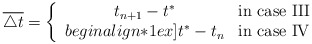
\begin{align*}\overline{\triangle t} =\left\{\begin{array}{cl}t_{n+1} - t^* & \textrm{in case III} \\begin{align*}1ex]t^* - t_n & \textrm{in case IV}\end{array}\right.\end{align*}